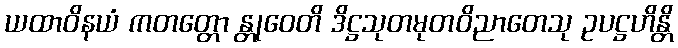
ယထာဝိနယံ ကတတ္တော န္တုဝေတိ ဒိဋ္ဌသုတမုတဝိညာတေသု ဥပဋ္ဌဟိန္တိ